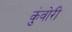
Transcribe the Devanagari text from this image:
कुंवोरी